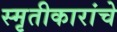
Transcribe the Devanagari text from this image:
स्मृतीकारांचे